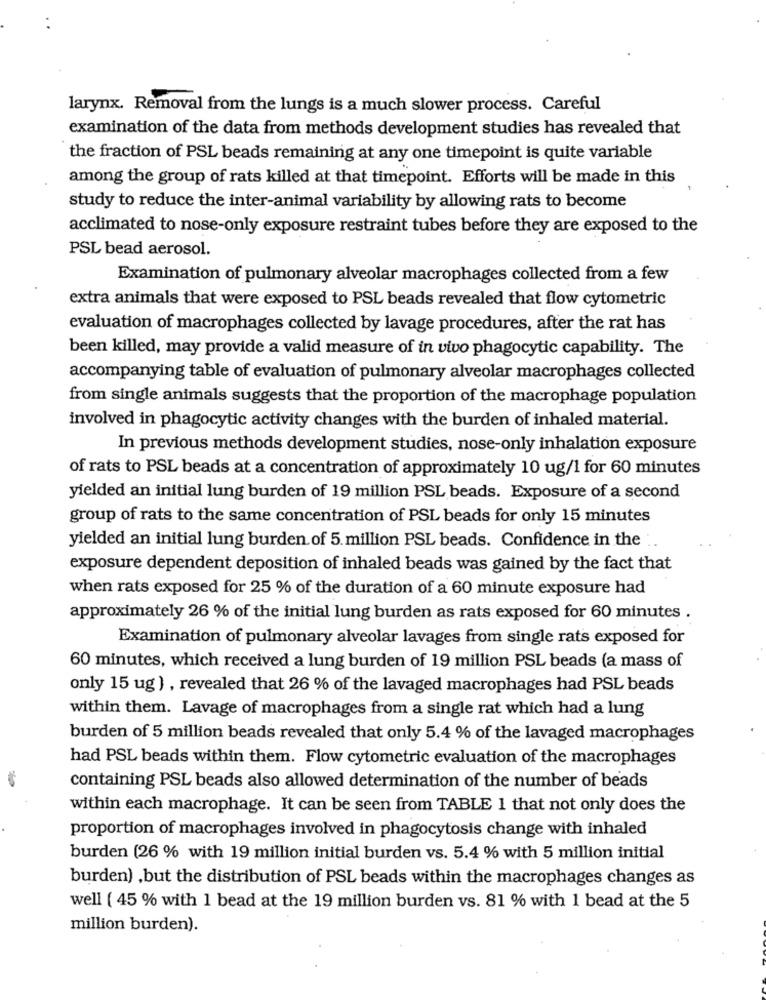
larynx. Removal from the lungs is a much slower process. Careful
examination of the data from methods development studies has revealed that
the fraction of PSL beads remaining at any one timepoint is quite variable
among the group of rats killed at that timepoint. Efforts will be made in this
study to reduce the inter-animal variability by allowing rats to become
acclimated to nose-only exposure restraint tubes before they are exposed to the
PSL bead aerosol.
Examination of pulmonary alveolar macrophages collected from a few
extra animals that were exposed to PSL beads revealed that flow cytometric
evaluation of macrophages collected by lavage procedures, after the rat has
been killed, may provide a valid measure of in vivo phagocytic capability. The
accompanying table of evaluation of pulmonary alveolar macrophages collected
from single animals suggests that the proportion of the macrophage population
involved in phagocytic activity changes with the burden of inhaled material.
In previous methods development studies, nose-only inhalation exposure
of rats to PSL beads at a concentration of approximately 10 ug/1 for 60 minutes
yielded an initial lung burden of 19 million PSL beads. Exposure of a second
group of rats to the same concentration of PSL beads for only 15 minutes
yielded an initial lung burden of 5. million PSL beads. Confidence in the
exposure dependent deposition of inhaled beads was gained by the fact that
when rats exposed for 25 % of the duration of a 60 minute exposure had
approximately 26 % of the initial lung burden as rats exposed for 60 minutes .
Examination of pulmonary alveolar lavages from single rats exposed for
60 minutes, which received a lung burden of 19 million PSL beads (a mass of
only 15 ug ) , revealed that 26 % of the lavaged macrophages had PSL beads
within them. Lavage of macrophages from a single rat which had a lung
burden of 5 million beads revealed that only 5.4 % of the lavaged macrophages
had PSL beads within them. Flow cytometric evaluation of the macrophages
containing PSL beads also allowed determination of the number of beads
within each macrophage. It can be seen from TABLE 1 that not only does the
proportion of macrophages involved in phagocytosis change with inhaled
burden (26 % with 19 million initial burden vs. 5.4 % with 5 million initial
burden) ,but the distribution of PSL beads within the macrophages changes as
well ( 45 % with 1 bead at the 19 million burden vs. 81 % with 1 bead at the 5
million burden).